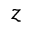
z